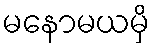
မနောမယမှိ